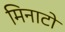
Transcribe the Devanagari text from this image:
मिनाटो